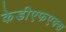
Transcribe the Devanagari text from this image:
केडीएफएक्स